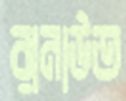
রানাউত